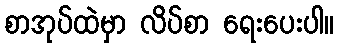
စာအုပ်ထဲမှာ လိပ်စာ ရေးပေးပါ။